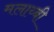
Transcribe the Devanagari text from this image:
मलाय्बी